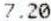
7.20